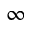
\infty